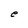
Character: e